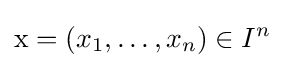
\mathrm {x} =(x_{1},\dots ,x_{n})\in I^{n}